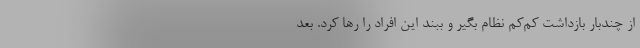
از چندبار بازداشت کم‌کم نظام بگیر و ببند این افراد را رها کرد. بعد